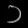
Digit: ၁